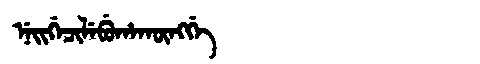
Manchu: ᠨᡝᡳᡤᡝᠴᡳᠯᡝᠪᡠᡥᠠᡴᡡᠩᡤᡝ
Romanization: NEIGECILEBUHAKŪNGGE